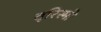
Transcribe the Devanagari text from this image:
तुरिस्मो